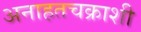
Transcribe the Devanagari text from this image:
अनाहतचक्राशी